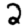
Digit: 2